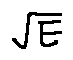
\sqrt { E }